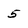
Character: 5